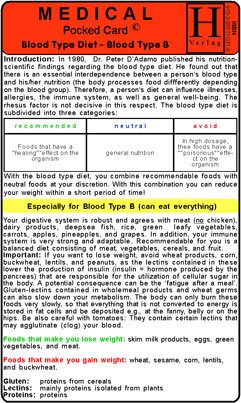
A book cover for Blood Type Diet - B - Medical Pocket Card; Hawelka; Health, Fitness & Dieting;